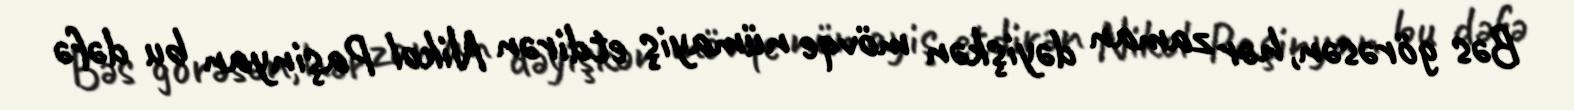
Bəs görəsən, hər zaman dəyişkən mövqe nümayiş etdirən Nikol Paşinyan bu dəfə